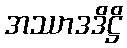
အဿာဒဒိဋ္ဌိ